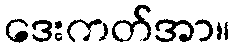
ဒေးကတ်အာ။